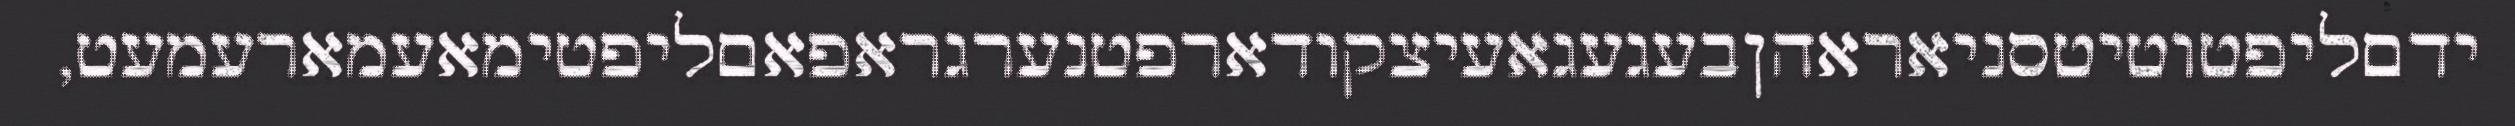
ידםליפטוטיטסניאראהןבעגעגאעיצקודארפטנערגראפאםליפטימאעמארעמעט,